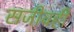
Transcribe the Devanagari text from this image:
सजीवही